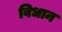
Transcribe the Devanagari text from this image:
विधान